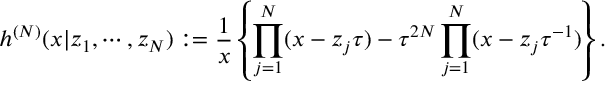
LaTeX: h ^ { ( N ) } ( x | z _ { 1 } , \cdots , z _ { N } ) : = \frac { 1 } { x } \left\{ \prod _ { j = 1 } ^ { N } ( x - z _ { j } \tau ) - \tau ^ { 2 N } \prod _ { j = 1 } ^ { N } ( x - z _ { j } \tau ^ { - 1 } ) \right\} .